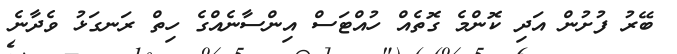
ބޭރު ފުށުން އަދި ކޮންމެ ގޮތެއް ހުއްޓަސް އިންސާނެއްގެ ހިތް ރަނގަޅު ވެދާނެ